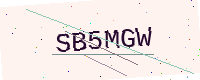
Text: SB5MGW